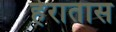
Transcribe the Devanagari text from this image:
हेरातास